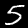
Digit: 5